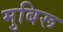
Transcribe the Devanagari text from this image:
मुबिरू